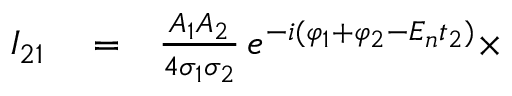
\begin{array} { r l r } { I _ { 2 1 } } & { { } = } & { \frac { A _ { 1 } A _ { 2 } } { 4 \sigma _ { 1 } \sigma _ { 2 } } \, e ^ { - i ( \varphi _ { 1 } + \varphi _ { 2 } - E _ { n } t _ { 2 } ) } \times } \end{array}